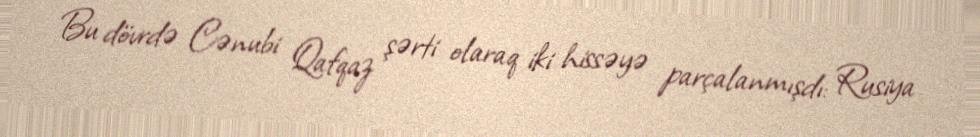
Bu dövrdə Cənubi Qafqaz şərti olaraq iki hissəyə parçalanmışdı: Rusiya